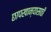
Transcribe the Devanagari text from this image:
छापखान्यासाठी